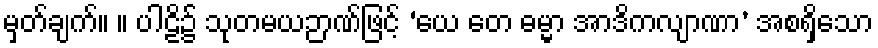
မှတ်ချက်။ ။ ပါဠိ၌ သုတမယဉာဏ်ဖြင့် ‘ယေ တေ ဓမ္မာ အာဒိကလျာဏာ’ အစရှိသော